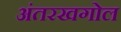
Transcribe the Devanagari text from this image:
अंतरखगोल